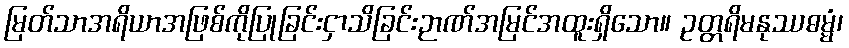
မြတ်သာအရိယာအဖြစ်ကိုပြုခြင်းငှာသိခြင်းဉာဏ်အမြင်အထူးရှိသော။ ဥတ္တရိမနုဿဓမ္မံ၊